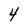
Character: 4